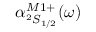
\alpha _ { ^ 2 S _ { 1 / 2 } } ^ { M 1 + } ( \omega )